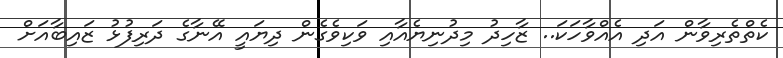
ކެތްތެރިވާން އަދި އެއްވާހަކަ.. ޒާހިދު މިދުނިޔެއާއި ވަކިވެގެން ދިޔައީ އޭނާގެ ދަރިފުޅު ޒައިބާއަށް